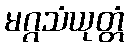
မဂ္ဂသံယုတ္တံ